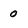
Character: 0